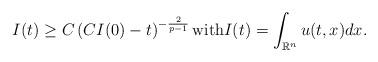
LaTeX: \begin{align*}I(t) \ge C \left( C I(0) -t \right)^{-\frac{2}{p-1}}\mbox{with}I(t) = \int_{\mathbb{R}^n} u(t,x) dx.\end{align*}